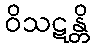
ဝိသဋန္တိ